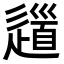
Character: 𨖁